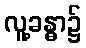
လူ့ခန္ဓာ၌